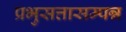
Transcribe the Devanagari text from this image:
प्रभुसत्तासम्पन्न